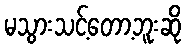
မသွားသင့်တော့ဘူးဆို